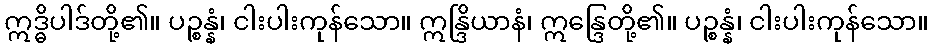
ဣဒ္ဓိပါဒ်တို့၏။ ပဉ္စန္နံ၊ ငါးပါးကုန်သော။ ဣန္ဒြိယာနံ၊ ဣန္ဒြေတို့၏။ ပဉ္စန္နံ၊ ငါးပါးကုန်သော။